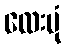
လေးပုံ